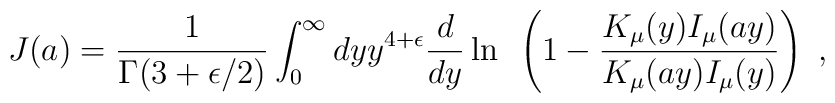
J(a) = {1 \over \Gamma (3+\epsilon/2)} \int_0^\infty dy	y^{4+\epsilon} 	{d\over dy} \ln~\left( 1- {K_\mu (y) I_\mu (ay) \over K_\mu (ay)	I_\mu  	(y)}\right)~,